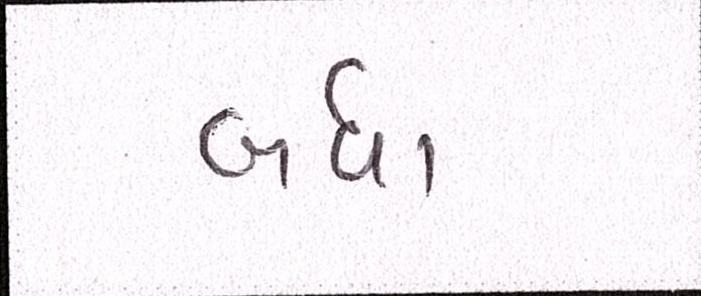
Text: બધા